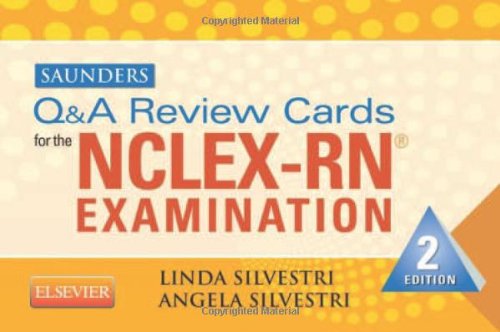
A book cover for Saunders Q & A Review Cards for the NCLEX-RNÂ® Exam, 2e; Linda Anne Silvestri PhD  RN; Test Preparation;